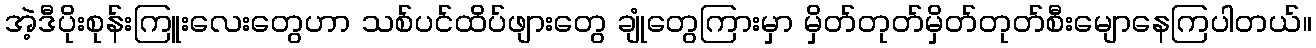
အဲ့ဒီပိုးစုန်းကြူးလေးတွေဟာ သစ်ပင်ထိပ်ဖျားတွေ ချုံတွေကြားမှာ မှိတ်တုတ်မှိတ်တုတ်စီးမျောနေကြပါတယ်။